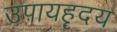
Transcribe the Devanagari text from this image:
उपायहृदय